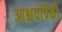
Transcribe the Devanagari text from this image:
आश्चर्यापैकी